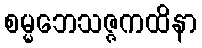
စမ္မဘေသဇ္ဇကထိနာ